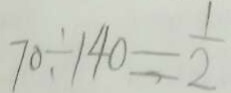
7 0 \div 1 4 0 = \frac { 1 } { 2 }